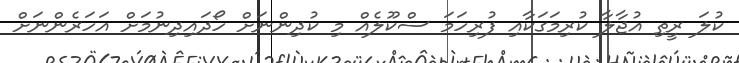
ކުލަ ރީތި އުޖާލާ ކުރިމަގަކާއި ފުރިހަމަ ސްކޫލެއް މި ކުދިންނަށް ހޯދައިދިނުމަށް އަހަރެންނަށް